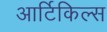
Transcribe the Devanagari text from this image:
आर्टिकिल्स